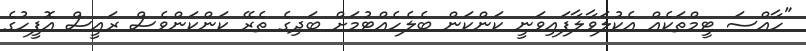
"ހާއްސަ ޓީމްތަކެއް އެކުލަވާލާފައިވަނީ ކަންކަން ބެލެހެއްޓުމަށް ބަދިގެ ތެރޭ ކަންކަންވެސް ރައީސް އޮފީހުގެ